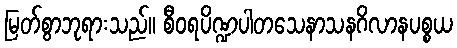
မြတ်စွာဘုရားသည်။ စီဝရပိဏ္ဍပါတသေနာသနဂိလာနပစ္စယ